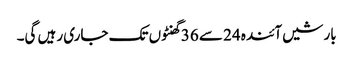
بارشیں آئندہ 24 سے 36 گھنٹوں تک جاری رہیں گی۔